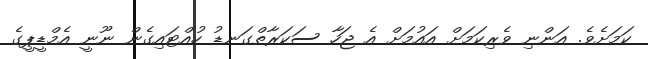
ކަމަށެވެ. އަންނި ވެރިކަމަށް އައުމަށް އެ ޖަހާ ސަކަރާތްގަނޑު ހުއްޓައިގެން ނޫނީ އެމްޑީޕީގެ